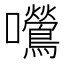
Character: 𫬿